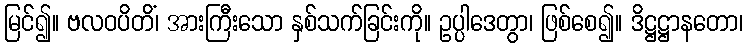
မြင်၍။ ဗလဝပိတိံ၊ အားကြီးသော နှစ်သက်ခြင်းကို။ ဥပ္ပါဒေတွာ၊ ဖြစ်စေ၍။ ဒိဋ္ဌဋ္ဌာနတော၊